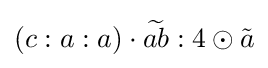
(c:a:a)\cdot {\widetilde {ab}}:4\odot {\tilde {a}}